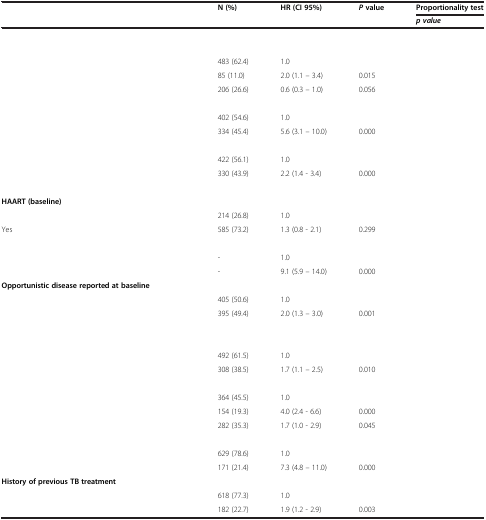
<table><thead><tr><td>[EMPTY_CELL]</td><td><b>N (%)</b></td><td><b>HR (CI 95%)</b></td><td><b><i>P</i>value</b></td><td><b>Proportionality test</b></td></tr><tr><td>[EMPTY_CELL]</td><td>[EMPTY_CELL]</td><td>[EMPTY_CELL]</td><td>[EMPTY_CELL]</td><td><b><i>p value</i></b></td></tr></thead><tbody><tr><td>[EMPTY_CELL]</td><td>[EMPTY_CELL]</td><td>[EMPTY_CELL]</td><td>[EMPTY_CELL]</td><td>[EMPTY_CELL]</td></tr><tr><td>[EMPTY_CELL]</td><td>[EMPTY_CELL]</td><td>[EMPTY_CELL]</td><td>[EMPTY_CELL]</td><td>[EMPTY_CELL]</td></tr><tr><td>[EMPTY_CELL]</td><td>483 (62.4)</td><td>1.0</td><td>[EMPTY_CELL]</td><td>[EMPTY_CELL]</td></tr><tr><td>[EMPTY_CELL]</td><td>85 (11.0)</td><td>2.0 (1.1 – 3.4)</td><td>0.015</td><td>[EMPTY_CELL]</td></tr><tr><td>[EMPTY_CELL]</td><td>206 (26.6)</td><td>0.6 (0.3 – 1.0)</td><td>0.056</td><td>[EMPTY_CELL]</td></tr><tr><td>[EMPTY_CELL]</td><td>[EMPTY_CELL]</td><td>[EMPTY_CELL]</td><td>[EMPTY_CELL]</td><td>[EMPTY_CELL]</td></tr><tr><td>[EMPTY_CELL]</td><td>402 (54.6)</td><td>1.0</td><td>[EMPTY_CELL]</td><td>[EMPTY_CELL]</td></tr><tr><td>[EMPTY_CELL]</td><td>334 (45.4)</td><td>5.6 (3.1 – 10.0)</td><td>0.000</td><td>[EMPTY_CELL]</td></tr><tr><td>[EMPTY_CELL]</td><td>[EMPTY_CELL]</td><td>[EMPTY_CELL]</td><td>[EMPTY_CELL]</td><td>[EMPTY_CELL]</td></tr><tr><td>[EMPTY_CELL]</td><td>422 (56.1)</td><td>1.0</td><td>[EMPTY_CELL]</td><td>[EMPTY_CELL]</td></tr><tr><td>[EMPTY_CELL]</td><td>330 (43.9)</td><td>2.2 (1.4 - 3.4)</td><td>0.000</td><td>[EMPTY_CELL]</td></tr><tr><td>[EMPTY_CELL]</td><td>[EMPTY_CELL]</td><td>[EMPTY_CELL]</td><td>[EMPTY_CELL]</td><td>[EMPTY_CELL]</td></tr><tr><td><b>HAART (baseline)</b></td><td>[EMPTY_CELL]</td><td>[EMPTY_CELL]</td><td>[EMPTY_CELL]</td><td>[EMPTY_CELL]</td></tr><tr><td>[EMPTY_CELL]</td><td>214 (26.8)</td><td>1.0</td><td>[EMPTY_CELL]</td><td>[EMPTY_CELL]</td></tr><tr><td>Yes</td><td>585 (73.2)</td><td>1.3 (0.8 - 2.1)</td><td>0.299</td><td>[EMPTY_CELL]</td></tr><tr><td>[EMPTY_CELL]</td><td>[EMPTY_CELL]</td><td>[EMPTY_CELL]</td><td>[EMPTY_CELL]</td><td>[EMPTY_CELL]</td></tr><tr><td>[EMPTY_CELL]</td><td>-</td><td>1.0</td><td>[EMPTY_CELL]</td><td>[EMPTY_CELL]</td></tr><tr><td>[EMPTY_CELL]</td><td>-</td><td>9.1 (5.9 – 14.0)</td><td>0.000</td><td>[EMPTY_CELL]</td></tr><tr><td><b>Opportunistic disease reported at baseline</b></td><td>[EMPTY_CELL]</td><td>[EMPTY_CELL]</td><td>[EMPTY_CELL]</td><td>[EMPTY_CELL]</td></tr><tr><td>[EMPTY_CELL]</td><td>405 (50.6)</td><td>1.0</td><td>[EMPTY_CELL]</td><td>[EMPTY_CELL]</td></tr><tr><td>[EMPTY_CELL]</td><td>395 (49.4)</td><td>2.0 (1.3 – 3.0)</td><td>0.001</td><td>[EMPTY_CELL]</td></tr><tr><td>[EMPTY_CELL]</td><td>[EMPTY_CELL]</td><td>[EMPTY_CELL]</td><td>[EMPTY_CELL]</td><td>[EMPTY_CELL]</td></tr><tr><td>[EMPTY_CELL]</td><td>[EMPTY_CELL]</td><td>[EMPTY_CELL]</td><td>[EMPTY_CELL]</td><td>[EMPTY_CELL]</td></tr><tr><td>[EMPTY_CELL]</td><td>492 (61.5)</td><td>1.0</td><td>[EMPTY_CELL]</td><td>[EMPTY_CELL]</td></tr><tr><td>[EMPTY_CELL]</td><td>308 (38.5)</td><td>1.7 (1.1 – 2.5)</td><td>0.010</td><td>[EMPTY_CELL]</td></tr><tr><td>[EMPTY_CELL]</td><td>[EMPTY_CELL]</td><td>[EMPTY_CELL]</td><td>[EMPTY_CELL]</td><td>[EMPTY_CELL]</td></tr><tr><td>[EMPTY_CELL]</td><td>364 (45.5)</td><td>1.0</td><td>[EMPTY_CELL]</td><td>[EMPTY_CELL]</td></tr><tr><td>[EMPTY_CELL]</td><td>154 (19.3)</td><td>4.0 (2.4 - 6.6)</td><td>0.000</td><td>[EMPTY_CELL]</td></tr><tr><td>[EMPTY_CELL]</td><td>282 (35.3)</td><td>1.7 (1.0 - 2.9)</td><td>0.045</td><td>[EMPTY_CELL]</td></tr><tr><td>[EMPTY_CELL]</td><td>[EMPTY_CELL]</td><td>[EMPTY_CELL]</td><td>[EMPTY_CELL]</td><td>[EMPTY_CELL]</td></tr><tr><td>[EMPTY_CELL]</td><td>629 (78.6)</td><td>1.0</td><td>[EMPTY_CELL]</td><td>[EMPTY_CELL]</td></tr><tr><td>[EMPTY_CELL]</td><td>171 (21.4)</td><td>7.3 (4.8 – 11.0)</td><td>0.000</td><td>[EMPTY_CELL]</td></tr><tr><td><b>History of previous TB treatment</b></td><td>[EMPTY_CELL]</td><td>[EMPTY_CELL]</td><td>[EMPTY_CELL]</td><td>[EMPTY_CELL]</td></tr><tr><td>[EMPTY_CELL]</td><td>618 (77.3)</td><td>1.0</td><td>[EMPTY_CELL]</td><td>[EMPTY_CELL]</td></tr><tr><td>[EMPTY_CELL]</td><td>182 (22.7)</td><td>1.9 (1.2 - 2.9)</td><td>0.003</td><td>[EMPTY_CELL]</td></tr></tbody></table>